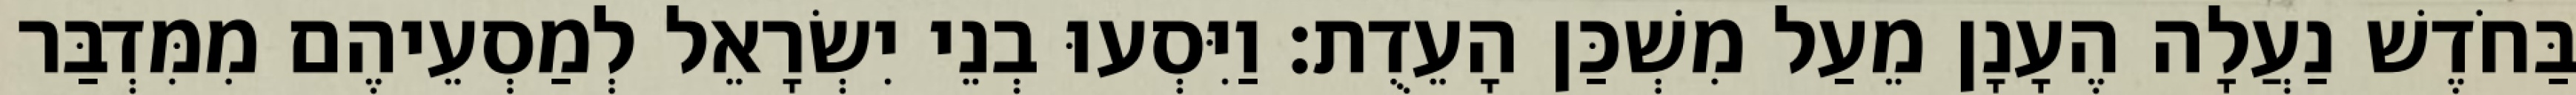
בַּחֹדֶשׁ נַעֲלָה הֶעָנָן מֵעַל מִשְׁכַּן הָעֵדֻת׃ וַיִּסְעוּ בְנֵי יִשְׂרָאֵל לְמַסְעֵיהֶם מִמִּדְבַּר